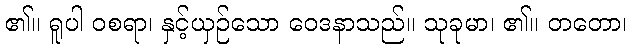
၏။ ရူပါ ဝစရာ၊ နှင့်ယှဉ်သော ဝေဒနာသည်။ သုခုမာ၊ ၏။ တတော၊